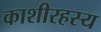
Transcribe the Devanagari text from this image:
काशीरहस्य